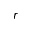
r